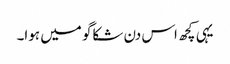
یہی کچھ اس دن شکاگو میں ہوا۔